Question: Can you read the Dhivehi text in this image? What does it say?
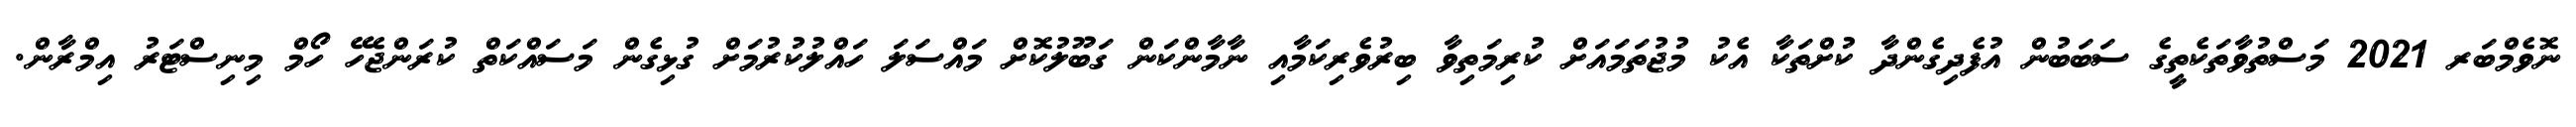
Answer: ނޮވެމްބަރ 2021 މަސްތުވާތަކެތީގެ ސަބަބުން އުފެދިގެންދާ ކުށްތަކާ އެކު މުޖުތަމައަށް ކުރިމަތިވާ ބިރުވެރިކަމާއި ނާމާންކަން ގަބޫލުކޮށް މައްސަލަ ހައްލުކުރުމަށް ގުޅިގެން މަސައްކަތް ކުރަންޖެހޭ ހޯމް މިނިސްޓަރު އިމްރާން.